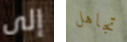
إلى تجاهل